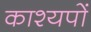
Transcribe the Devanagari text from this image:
काश्यपों